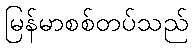
မြန်မာစစ်တပ်သည်